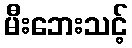
မီးဘေးသင့်